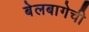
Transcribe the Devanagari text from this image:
बेलबागेची